Annual administration and progress report of the Indian Medical Department, Bombay
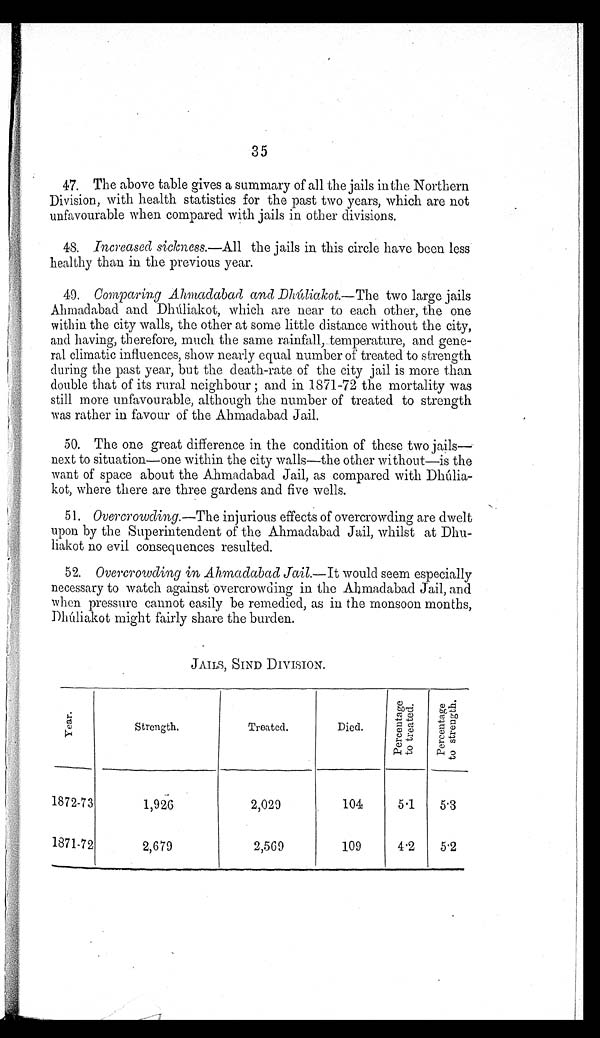
35
47.The above table gives a summary of all the jails in the Northern
Division, with health statistics for the past two years, which are not
unfavourable when compared with jails in other divisions.
48. Increased sickness.—All the jails in this circle have been less
healthy than in the previous year.
49. Comparing Ahmadabad and Dhuliakot. —The two large jails
Ahmadabad and Dhuliakot, which are near to each other, the one
within the city walls, the other at some little distance without the city,
and having, therefore, much the same rainfall, temperature, and gene
-ral climatic influences, show nearly equal number of treated to strength
during the past year, but the death-rate of the city jail is more than
double that of its rural neighbour; and in 1871-72 the mortality was
still more unfavourable, although the number of treated to strength
was rather in favour of the Ahmadabad Jail.
50.The one great difference in the condition of these two jails—
next to situation—one within the city walls—the other without—is the
want of space about the Ahmadabad Jail, as compared with
D h u l i a - k o t , w h e r e t h e r e a r e t h r e e g a r d e n s a n d f i v e w e l l s .
51. Overcrowding. —The injurious effects of overcrowding are dwelt
upon by the Superintendent of the Ahmadabad Jail, whilst at Dhu--
liakot no evil consequences resulted.
52. Overcrowding in Ahmadabad Jail.—It would seem especially
necessary to watch against overcrowding in the Ahmadabad Jail, and
when pressure cannot easily be remedied, as in the monsoon months,
Dhuliakot might fairly share the burden.
JAILS, SIND DIVISION.
Y e a r .
Strength.
Treated.
Died.
P e r c e n t a g e t o t r e a t e d .
P e r c e n t a g e t o s t r e n g t h .
1872-73
1 , 9 2 6
2,029
104
5.1
5.3
1871-72
2,679
2,569
109
4.2
5.2